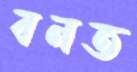
বনত